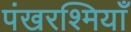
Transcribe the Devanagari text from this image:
पंखरश्मियाँ